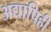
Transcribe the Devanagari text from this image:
अद्यापिही